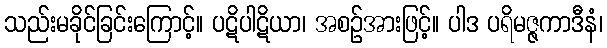
သည်းမခိုင်ခြင်းကြောင့်။ ပဋိပါဋိယာ၊ အစဉ်အားဖြင့်။ ပါဒ ပရိမဇ္ဇကာဒီနံ၊